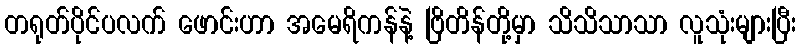
တရုတ်ပိုင်ပလက် ဖောင်းဟာ အမေရိကန်နဲ့ ဗြိတိန်တို့မှာ သိသိသာသာ လူသုံးများပြီး